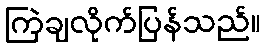
ကြဲချလိုက်ပြန်သည်။